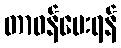
တာဝန်ပေးရန်